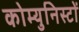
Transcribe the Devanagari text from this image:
कोम्युनिस्टों